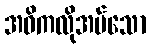
အဓိကလိုအပ်သော